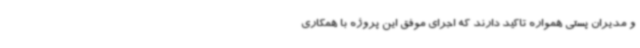
و مدیران پستی همواره تاکید دارند که اجرای موفق این پروژه با همکاری